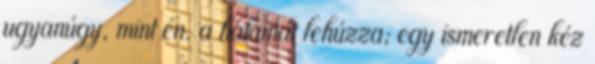
ugyanúgy, mint én. a hátamat lehúzza; egy ismeretlen kéz